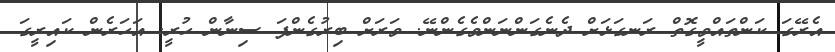
އެރޭގަ ކަންތައްވީގޮތް ރަނގަޅަށް ދެނެގަންނަންވެގެންނޭ. ވަރަށް ބިރުގެންފަ ސިނާން ހުރީ. އަހަރެން ކައިރީގަ